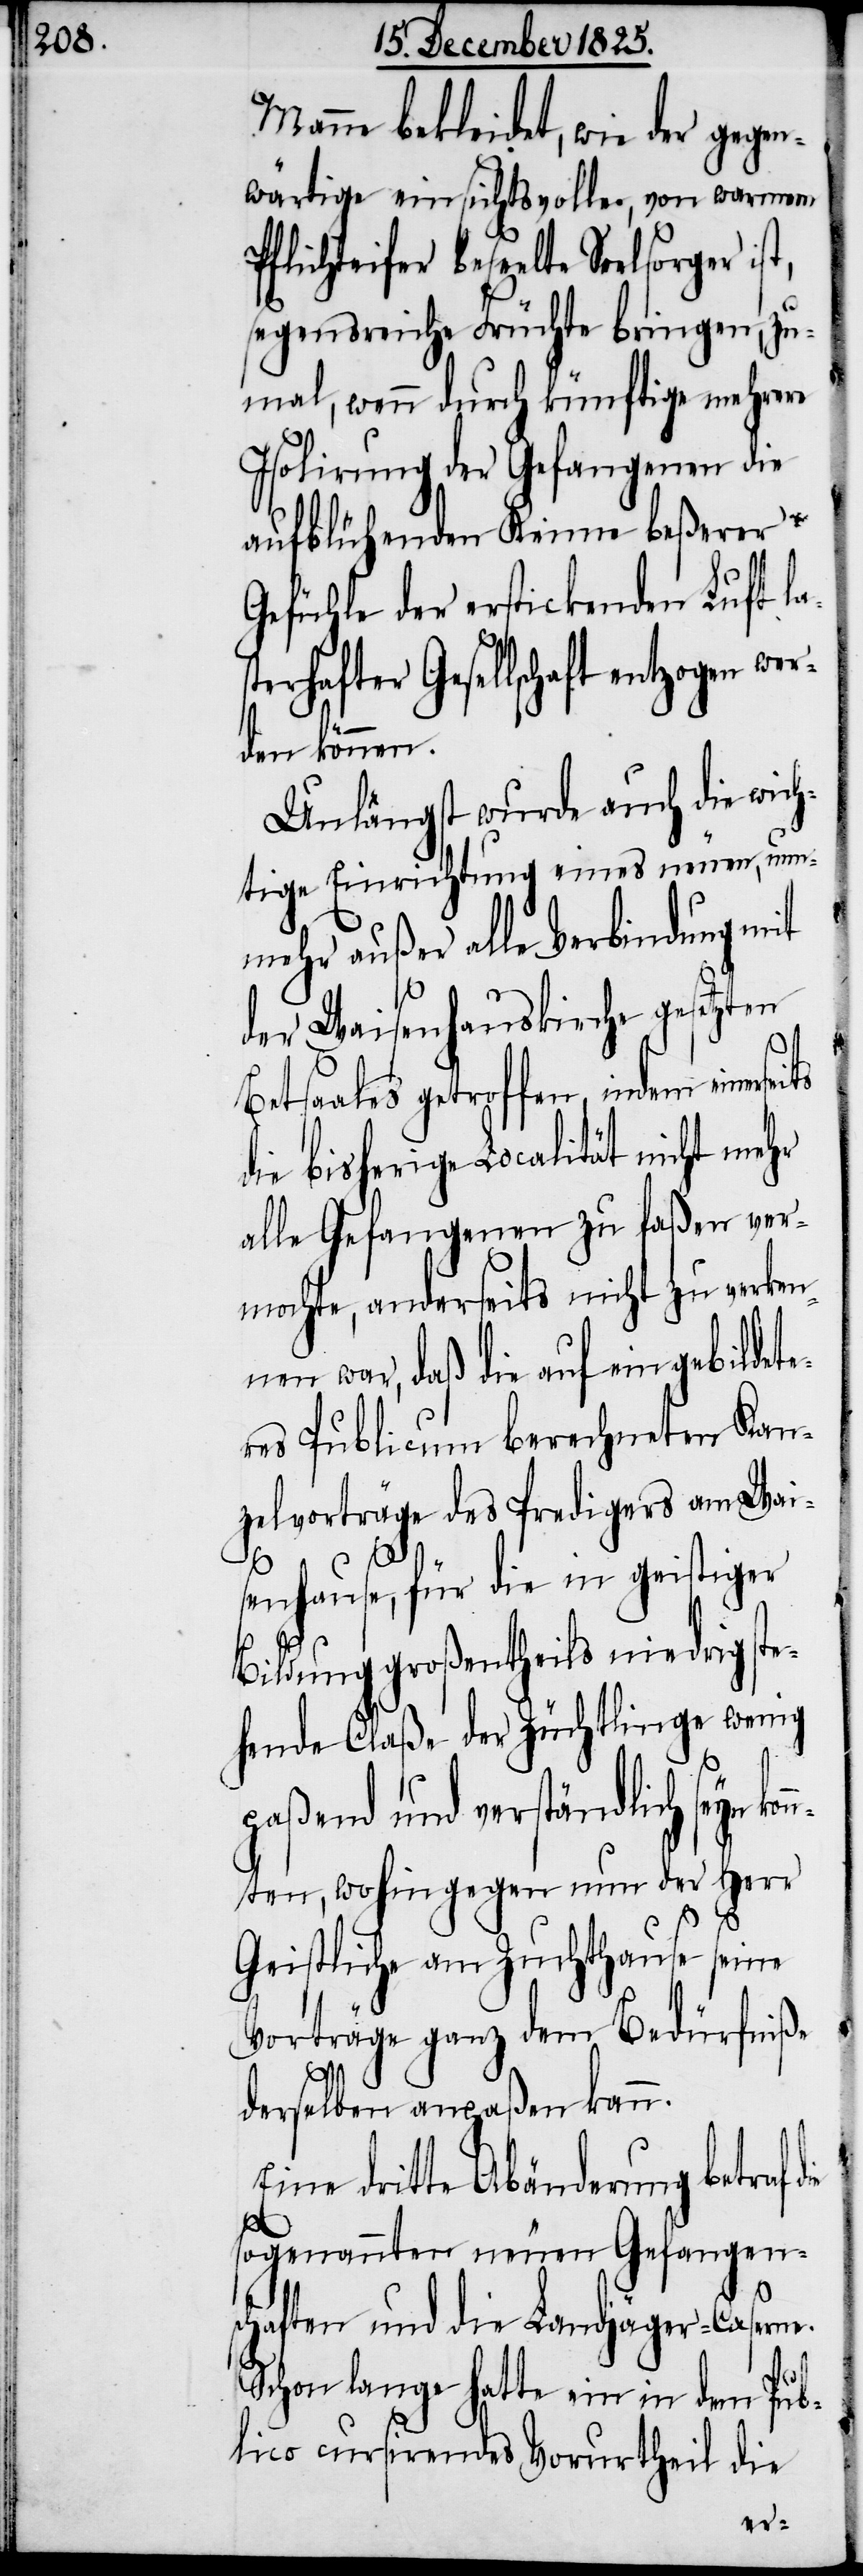
Manne bekleidet, wie der gegen¬
wärtige einsichtsvolle, von warmem
Pflichteifer beseelte Seelsorger
segensreiche Früchte bringen, zu¬
mal, wenn durch künftige mehrere
Isolirung der Gefangenen die
aufblühenden Keime beßerer
Gefühle der erstickenden Luft la¬
erhafter Gesellschaft entzogen we¬
rden können.
Unlängst wurde auch die wich¬
tige Einrichtung eines neuen, nu¬
nmehr außer alle Verbindung mit
der Waisenhauskirche gesetzten
Betsaales getroffen, indem einers¬
die bisherige Localität nicht mehr
alle Gefangenen zu faßen ver¬
mochte, anderseits nicht zu verken¬
nen war, daß die auf ein gebildete¬
res Publicum berechneten Kan¬
zelvorträge des Predigers am Wai¬
senhause, für die in geistiger
Bildung großentheils niedrig ste¬
hende Claße der Züchtlinge wenig
paßend und verständlich seyn
nten, wohingegen nun der Herr
Geistliche am Zuchthause seine
Vorträge ganz dem Bedürfniße
kon¬
derselben anpaßen kann.
Eine dritte Abänderung betraf
die
sogenannten neuen Gefangen¬
schaften und die Landjäger-Caserne.
Schon lange hatte ein in dem Pub¬
lico cursirendes Vorurtheil die
eits